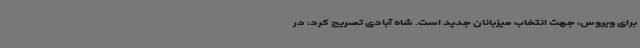
برای ویروس، جهت انتخاب میزبانان جدید است. شاه آبادی تصریح کرد: در